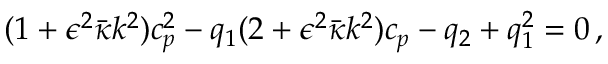
( 1 + \epsilon ^ { 2 } \bar { \kappa } k ^ { 2 } ) c _ { p } ^ { 2 } - q _ { 1 } ( 2 + \epsilon ^ { 2 } \bar { \kappa } k ^ { 2 } ) c _ { p } - q _ { 2 } + q _ { 1 } ^ { 2 } = 0 \, ,